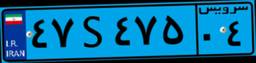
۴۷S۴۷۵۰۴